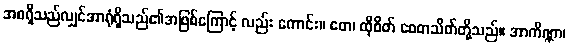
အစရှိသည်လျှင်အာရုံရှိသည်၏အဖြစ်ကြောင့် လည်း ကောင်း။ တေ၊ ထိုစိတ် စေတသိတ်တို့သည်။ အာကိဏ္ဏာ၊